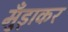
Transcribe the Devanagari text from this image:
मुँड़ाकर